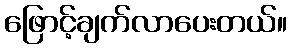
ဖြောင့်ချက်လာပေးတယ်။